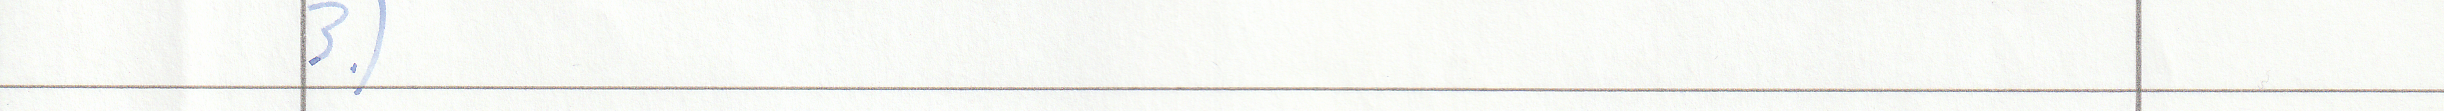
3.)